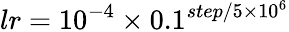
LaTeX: lr=10^{-4}\times 0.1^{step/5\times 10^{6}}